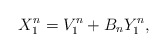
\begin{align*} X_1^n=V_1^n+ B_n Y_1^n,\end{align*}